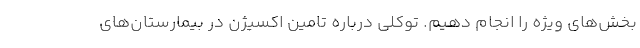
بخش‌های ویژه را انجام دهیم. توکلی درباره تامین اکسیژن در بیمارستان‌های